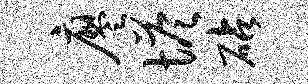
廖塔砧